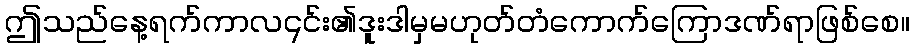
ဤသည်နေ့ရက်ကာလ၎င်း၏ဒူးဒါမှမဟုတ်တံကောက်ကြောဒဏ်ရာဖြစ်စေ။